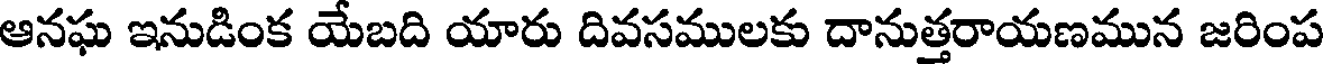
ఆనఘ ఇనుడింక యేబది యారు దివసములకు దానుత్తరాయణమున జరింప